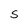
Character: S